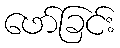
ဖော်ခြင်း